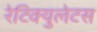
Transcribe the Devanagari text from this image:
रेटिक्युलेटस